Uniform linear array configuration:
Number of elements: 64
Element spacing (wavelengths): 1
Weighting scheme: binomial
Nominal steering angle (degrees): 45
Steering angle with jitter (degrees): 45.569
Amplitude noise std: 0.05
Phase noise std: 0.05

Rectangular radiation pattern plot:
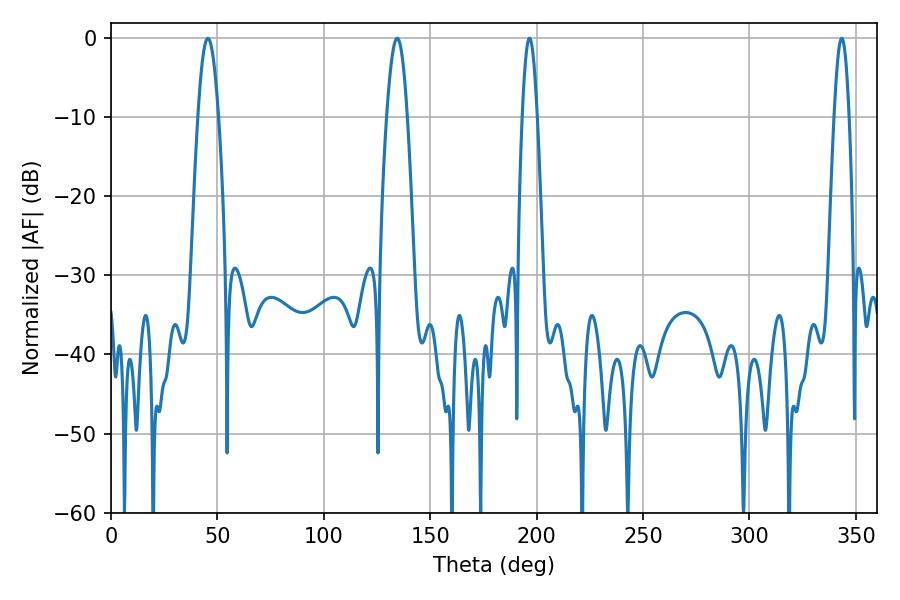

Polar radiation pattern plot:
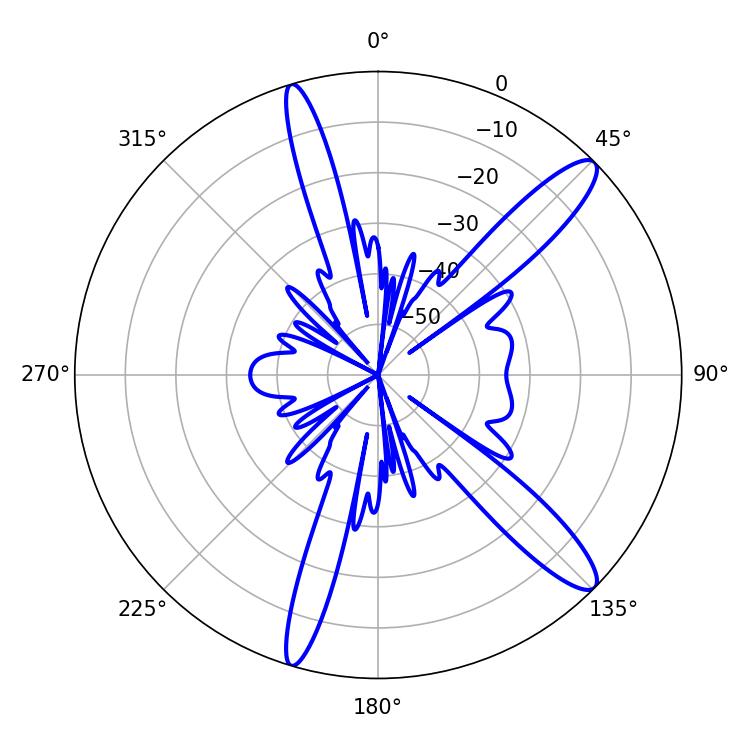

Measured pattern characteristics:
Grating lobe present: TRUE
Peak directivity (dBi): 12.96
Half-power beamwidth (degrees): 5.22
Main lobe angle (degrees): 45.54